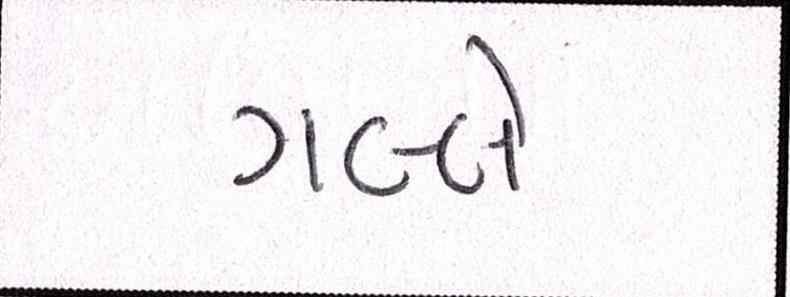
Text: ગલ્લે